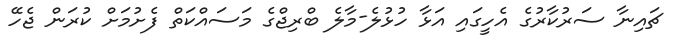
ޗައިނާ ސަރުކާރުގެ އެހީގައި އަޅާ ހުޅުލެ-މާލެ ބްރިޖްގެ މަސައްކަތް ފެށުމަށް ކުރަން ޖެހޭ